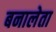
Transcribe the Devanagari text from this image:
बनालेता